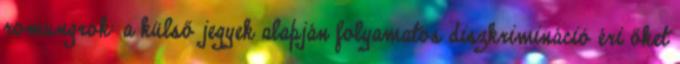
romungrok: a külső jegyek alapján folyamatos diszkrimináció éri őket